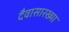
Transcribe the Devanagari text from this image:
दैवासारख्या